Vaccination in Burma 1889-1999 - 1889-1999
Year: 1889
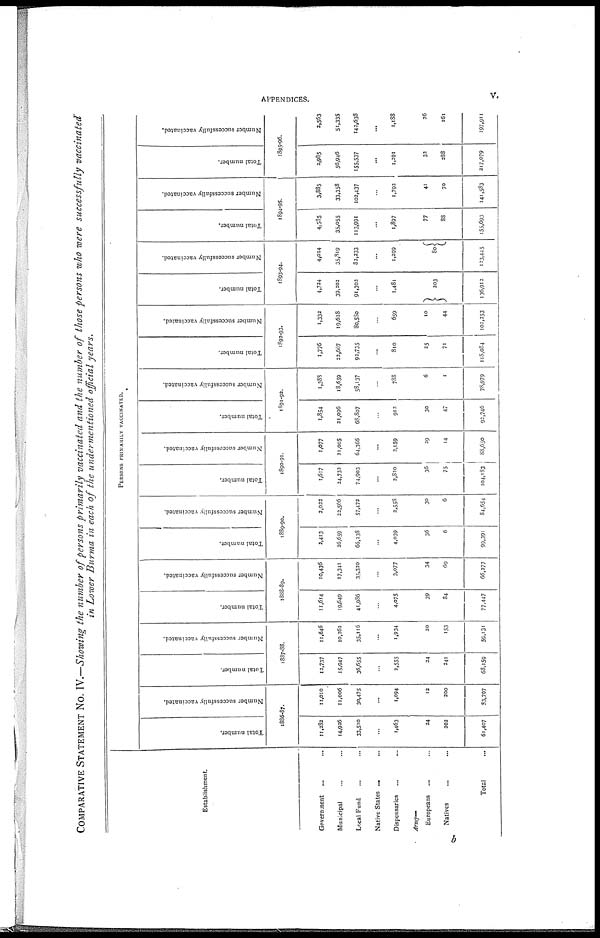
APPENDICES.
v.
COMPARATIVE STATEMENT NO. IV.—Showing the number of persons primarily vaccinated and the number of those persons who were successfully vaccinated
in Lower Burma in each of the undermentioned official years.
Establishment.
Government
...
...
Municipal ... ...
Local Fund ... ...
Native States ... ...
Dispensaries ... ...
Army—
Europeans ... ...
Natives ... ...
Total ...
PERSONS PRIMARILY VACCINATED.
Total number.
Number successfully vaccinated.
1886-87.
11,282
14,926
33,510
...
1,463
24
202
61,407
11,010
11,006
30,475
...
1,094
12
200
53,797
Total number.
Number successfully vaccinated.
1887-88.
12,737
15,947
36,655
...
2,555
24
241
68,159
11,646
10,262
35,116
...
1,934
20
153
59,131
Total number.
Number successfully vaccinated.
1888-89.
11,614
19,649
41,986
...
4,075
39
84
77,447
10,436
17,341
35,320
...
3,077
34
69
66,277
Total number.
Number successfully vaccinated.
1889-90.
3,413
26,659
66,238
...
4,039
36
6
99,391
2,022
22,506
57,472
...
2,558
30
6
84,654
Total number.
Number successfully vaccinated.
1890-91.
1,617
24,732
74,903
...
2,820
36
75
104,183
1,077
21,005
64,366
...
2,159
29
14
88,650
Total number.
Number successfully vaccinated.
1891-92.
1,854
21,096
68,807
...
913
30
47
92,746
1,388
18,659
58,137
...
788
6
1
78,979
Total number.
Number successfully vaccinated.
1892-93.
1,776
22,667
92,735
...
810
25
71
115,084
1,332
19,638
80,580
...
659
10
44
102,253
Total number.
Number successfully vaccinated.
1893-94.
4,724
39,202
91,302
...
1,481
203
136,912
4,014
35,819
82,233
...
1,299
80
123,445
Total number.
Number successfully vaccinated.
1894-95.
4,585
35,055
113,991
...
1,897
77
88
155,693
3,885
33,358
102,437
...
1,792
41
70
141,583
Total number.
Number successfully vaccinated.
1895-96.
2,985
56,946
155,537
...
1,291
32
288
217,079
2,563
51,335
142,638
...
1,188
26
161
197,911
b